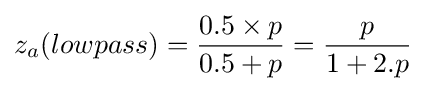
z_{a}(lowpass)={\frac {0.5\times p}{0.5+p}}={\frac {p}{1+2.p}}